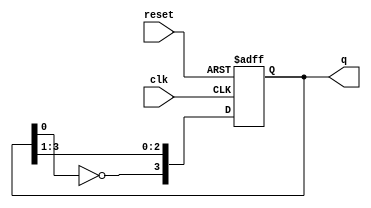
module johnson_counter (
    input wire clk,               // Clock input
    input wire reset,             // Asynchronous reset (active low)
    output reg [3:0] q            // 4-bit output representing counter state
);

    always @(posedge clk or negedge reset) begin
        if (!reset) begin
            // Asynchronous reset to zero
            q <= 4'b0000;
        end else begin
            // Johnson counter logic
            q[3] <= ~q[0];    // Invert the output of the last flip-flop
            q[2] <= q[3];     // Shift the current states
            q[1] <= q[2];
            q[0] <= q[1];
        end
    end

endmodule